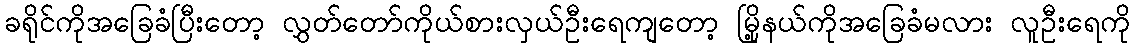
ခရိုင်ကိုအခြေခံပြီးတော့ လွှတ်တော်ကိုယ်စားလှယ်ဦးရေကျတော့ မြို့နယ်ကိုအခြေခံမလား လူဦးရေကို